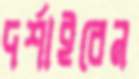
দর্শাইবেন